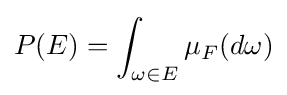
P(E)=\int _{\omega \in E}\mu _{F}(d\omega )